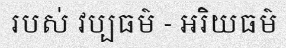
របស់ វប្បធម៌ - អរិយធម៌